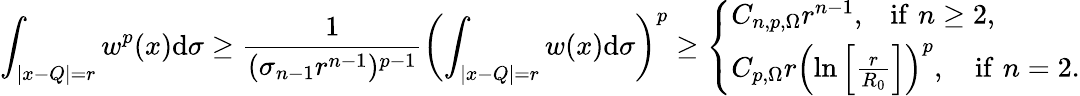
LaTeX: \int_{|x-Q|=r}w^{p}(x)\mathrm{d}\sigma\geq\frac{1}{(\sigma_{n-1}r^{n-1})^{p-1}}\left(\int_{|x-Q|=r}w(x)\mathrm{d}\sigma\right)^{p}\geq\left\{ \begin{array}{ll}{C_{n,p,\Omega}r^{n-1},\, \, \, \, \, \mathrm{if}\, \, n\geq 2,}\\ {C_{p,\Omega}r\left(\ln\left[\frac{r}{R_{0}}\right]\right)^{p},\, \, \, \, \, \, \mathrm{if}\, \, n=2.}\end{array}\right.